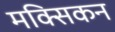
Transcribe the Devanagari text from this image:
मक्सिकन